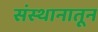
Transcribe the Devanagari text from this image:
संस्थानातून